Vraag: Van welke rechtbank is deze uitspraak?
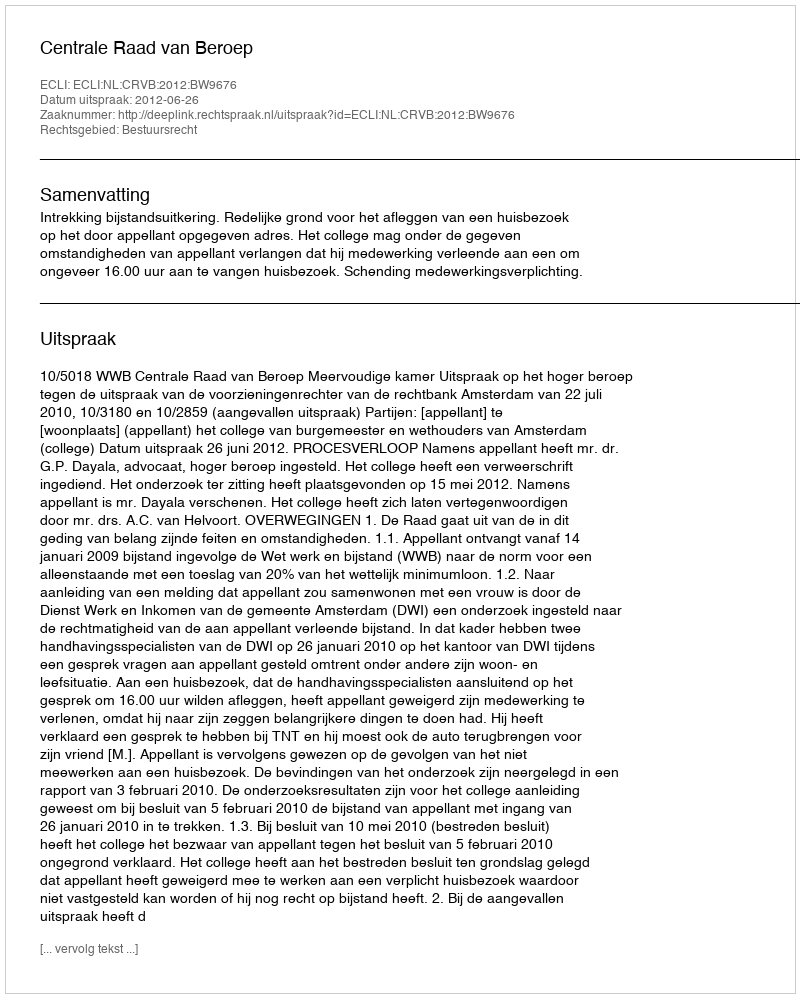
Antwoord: Centrale Raad van Beroep